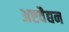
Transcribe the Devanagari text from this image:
अष्टवैद्यन